Report on sanitation, dispensaries, and jails in Rajputana for 1915, and on vaccination for the year 1915-1916 - 1915-1916
Year: 1915
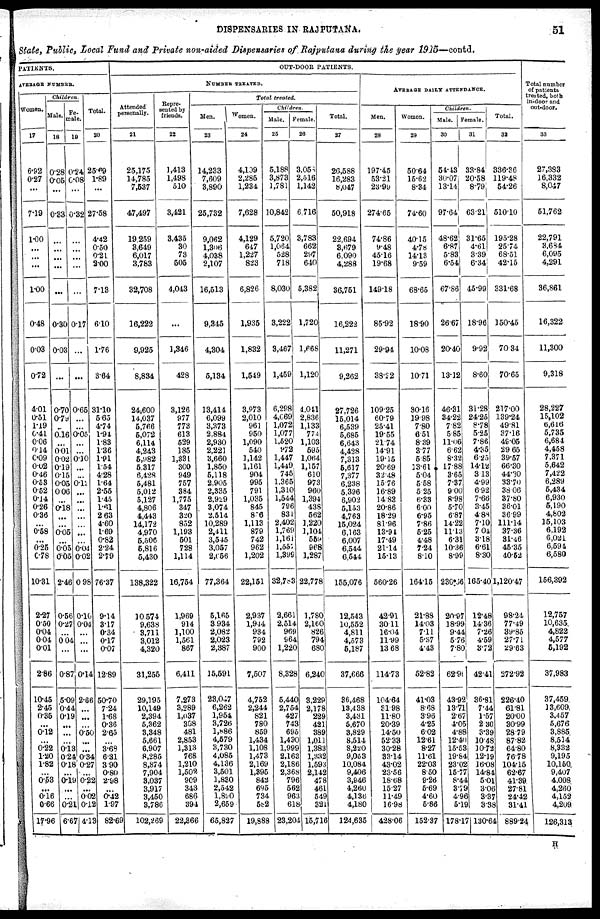
DISPENSARIES IN RAJPUTANA.
51
State, Public, Local Fund and Private non-aided Dispensaries of Rajputana during the year 1915—contd.
PATIENTS.
AVERAGE NUMBER.
Women.
17
6.92
0.27
...
7.19
1.00
...
...
...
1.00
0.48
0.03
0.72
4.01
0.51
1.19
0.41
0.06
0.14
0.09
0.02
0.46
0.58
0.52
0.14
0.26
0.36
...
0.58
...
0.25
0.78
10.31
2.27
0.50
0.04
0.04
0.01
2.86
10.45
2.45
0.35
...
0.12
...
0.22
1.20
1.82
...
0.58
...
0.16
0.66
17.96
Children
Male.
18
0.28
0.05
...
0.33
...
...
...
...
...
0.30
0.03
...
0.70
0.79
...
0.16
...
0.01
0.02
0.19
0.15
0.05
0.06
...
0.18
...
...
0.05
...
0.05
0.05
2.46
0.56
0.27
...
0.04
...
0.87
5.09
0.44
0.19
...
...
...
0.13
0.24
0.18
...
0.19
...
...
0.21
6.67
Fe-
male.
19
0.24
0.08
...
0.32
...
...
...
...
...
0.17
...
...
0.65
...
...
0.05
...
...
0.10
...
...
0.12 ...
...
...
...
..
...
...
0.04
0.02
0.98
0.10
0.04
...
...
...
0.14
2.66
...
...
...
0.50
...
...
0.34
0.27
...
0.22
...
0.02
0.12
4.13
Total.
20
25.69
1.89
...
27.58
4.42
0.50
0.21
2.00
7.18
6.10
1.76
3.64
31.10
5.65
4.74
1.94
1.83
1.36
1.91
1.54
4.28
1.64
2.55
1.45
1.61
2.63
4.60
1.69
0.82
2.24
2.79
76.37
9.14
3.17
0.34
0.17
0.07
12.89
50.70
7.24
1.68
0.36
2.65
...
3.68
6.31
3.90
0.80
2.98
...
0.42
1.97
82.69
OUT-DOOR PATIENTS.
NUMBER TREATED.
Attended
personally.
21
25,175
14,785
7,537
47,497
19,259
3,649
6,017
3,783
32,708
16,222
9,925
8,834
24,600
14,037
5,766
5,072
6,114
4,243
5,982
5,317
6,428
5,481
5,012
5,127
4,806
4,443
14,172
4,970
5,506
5,816
5,430
138,322
10,574
9,638
3,711
3,012
4,320
31,255
29,195
10,149
2,394
5,362
3,348
5,661
6,907
8,286
8,874
7,904
3,037
3,917
3,450
3,786
102,269
Repre-
sented by
friends.
22
1,413
1,498
510
3,421
3,435
30
73
505
4,043
...
1,346
428
3,126
977
773
613
529
185
1,331
300
949
757
384
1,775
347
320
852
1,193
501
728
1,114
16,754
1,969
914
1,100
1,561
867
6,411
7,273
3,289
1,037
308
481
2,853
1,313
768
1,210
1,502
909
343
686
394
22,866
Total treated.
Men.
23
14,233
7,609
3,890
25,732
9,062
l,306
4,038
2,107
16,513
9,345
4,304
5,134
13,414
6,099
3,373
2,884
2,930
2,221
3,660
1,850
5,118
2,905
2,335
2,929
3,074
2,514
10,289
2,411
3,545
3,057
2,056
77,364
5,165
3,934
2,082
2,023
2,387
15,591
28,047
6,262
1,954
3,726
1,886
4,579
3,730
4,085
4,136
3,501
1,830
2,542
1,890
2,659
65,827
Women.
24
4,109
2,285
1,234
7,628
4,129
647
1,227
823
6,826
1,935
1,832
1,549
3,973
2,010
961
950
1,090
540
1,142
1,161
904
995
791
1,035
845
826
1,113
879
742
962
1,202
22,151
2,037
1,944
934
792
900
7,507
4,752
2,244
821
780
859
1,434
1,108
1,473
2,169
1,895
842
695
734
582
19,888
Children
Male.
25
5,188
3,873
1,781
10,842
5,720
1,064
528
718
8,030
3,222
3,467
1,459
6,298
4,069
1,072
1,077
1,520
972
1,447
1,419
745
1,365
1,310
1,544
796
831
2,402
1,769
1,161
1,651
1,399
32,783
2,661
2,514
969
964
1,220
8,328
5,440
2,754
427
743
695
1,490
1,999
2,163
2,186
2,368
796
562
963
618
23,204
Female.
26
3,056
2,516
1,142
6,716
3,783
662
297
640
5,382
1,720
1,668
1,120
4,041
2,836
1,133
774
1,103
595
1,064
1,157
610
973
960
1,394
438
562
1,220
1,104
559
968
1,287
22,778
1,780
2,160
826
794
680
6,240
3,229
2,178
229
421
389
1,011
1,383
1,332
1,593
2,142
478
461
549
321
15,716
Total.
27
26,588
16,283
8,047
50,918
22,694
3,679
6,090
4,288
36,751
16,222
11,271
9,262
27,726
15,014
6,539
5,685
6,643
4,428
7,313
5,617
7,377
6,238
5,396
6,902
5,153
4,763
15,024
6,163
6,007
6,544
6,544
155,076
12,543
10,552
4,811
4,573
5,187
37,666
86,468
13,438
3,431
5,670
3,829
8,514
8,220
9,053
10,084
9,406
3,946
4,260
4,136
4,180
124,635
AVERAGE DAILY ATTEDANCE.
Men.
28
197.45
53.21
23.99
274.65
74.86
6.48
45.16
19.68
149.18
85.92
29.94
38.22
109.25
60.79
25.41
19.55
21.74
14.91
19.15
20.69
32.48
15.76
16.89
14.83
20.86
18.29
81.96
13.94
17.49
21.14
15.13
560.26
42.91
30.11
16.04
11.99
13.68
114.73
104.64
31.98
11.80
20.39
14.50
52.33
30.28
33.14
43.02
23.56
18.68
15.27
11.49
16.98
428.06
Women.
29
50.64
15.62
8.34
74.60
40.15
4.78
14.13
9.59
68.65
18.90
10.08
10.71
30.16
19.98
7.80
6.51
8.39
8.77
5.85
13.61
5.04
5.58
5.25
6.88
6.00
6.95
7.86
5.25
4.48
7.24
8.10
164.15
21.88
14.03
7.11
5.37
4.43
52.82
41.03
8.68
3.96
4.25
6.02
12.61
8.27
11.61
22.03
8.50
9.26
5.69
4.60
5.86
152.37
Children.
Male.
30
54.13
30.07
13.14
97.64
48.62
6.87
5.83
6.54
67.86
26.67
20.40
13.12
46.31
34.22
7.82
5.85
11.06
6.62
8.32
17.88
3.65
7.37
9.00
8.98
5.70
6.87
14.22
11.13
6.31
10.36
8.99
230.66
20.97
18.99
9.44
5.76
7.80
62.90
43.92
13.71
2.67
4.05
4.88
12.40
15.53
19.84
23.02
15.77
8.44
3.79
4.96
5.19
178.17
Female.
31
33.84
20.58
8.79
63.21
31.65
4.61
3.39
6.34
45.99
18.96
9.92
8.60
31.28
24.25
8.78
5.25
7.86
4.35
6.25
14.12
3.13
4.99
6.92
7.66
3.45
4.88
7.10
7.01
3.18
6.61
8.30
165.40
12.48
14.36
7.26
4.59
3.72
42.41
36.81
7.44
1.57
2.80
3.39
10.48
10.72
12.19
16.08
14.84
5.01
3.06
3.37
3.38
130.64
Total.
32
336.36
119.48
54.26
510.10
195.28
25.74
68.51
42.15
331.68
150.45
70.34
70.65
217.00
139.24
49.81
37.16
49.05
29.65
39.57
66.80
44.30
33.70
38.06
37.80
36.01
36.99
111.14
37.36
81.46
45.85
40.52
1,120.47
98.24
77.49
89.85
27.71
29.63
272.92
226.40
61.81
20.00
30.99
28.79
87.82
64.80
76.78
104.15
62.67
41.39
27.81
24.42
31.41
889.24
Total number
of patients
treated, both
in-door and
out-door.
33
27,383
16,332
8,047
51,762
22,791
8,684
6,095
4,291
36,861
16,322
11,300
9,318
28,227
15,102
6,616
5,735
6,684
4,458
7,371
5,642
7,422
6,289
5,434
6,930
5,190
4,802
15,103
6,192
6,021
6,594
6,580
156,392
12,757
10,635
4,822
4,577
5,192
37,983
37,459
13,609
3,457
5,676
3,885
8,514
8,332
9,195
10,150
9,407
4,008
4,260
4,152
4,209
126,313
H